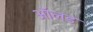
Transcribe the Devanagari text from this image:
आॅलड